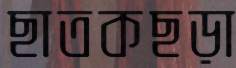
ছাতকছড়া